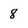
Character: 8